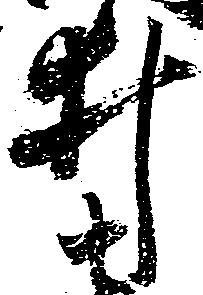
井